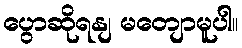
ပွောဆိုရနျ မတျောမူပါ။